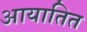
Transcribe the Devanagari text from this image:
आयातित